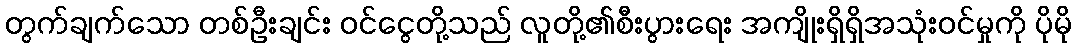
တွက်ချက်သော တစ်ဦးချင်း ဝင်ငွေတို့သည် လူတို့၏စီးပွားရေး အကျိုးရှိရှိအသုံးဝင်မှုကို ပိုမို